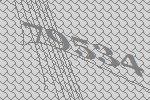
79534